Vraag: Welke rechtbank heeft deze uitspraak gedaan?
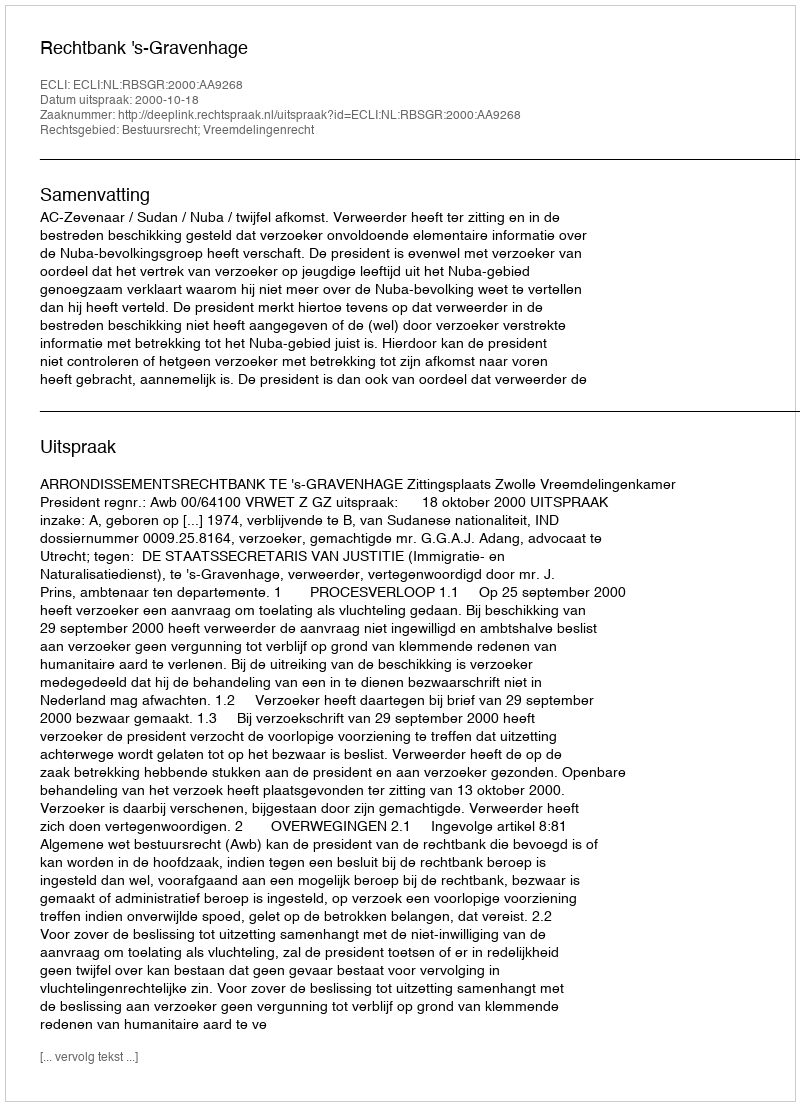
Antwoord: Rechtbank 's-Gravenhage